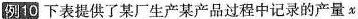
例10 下表提供了某厂生产某产品过程中记录的产量x